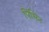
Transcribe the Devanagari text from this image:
पिंसिन